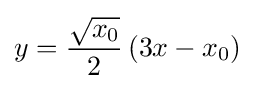
y={\frac {\sqrt {x_{0}}}{2}}\left(3x-x_{0}\right)